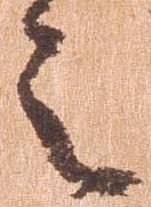
之